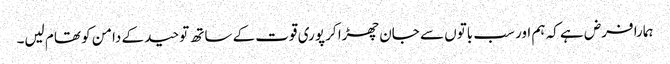
ہمارا فرض ہے کہ ہم اور سب باتوں سے جان چھڑا کر پوری قوت کے ساتھ توحید کے دامن کو تھام لیں۔